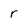
Character: r